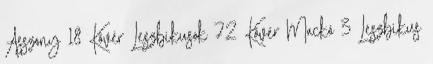
Asszony 18 Kövér Leszbikusok 72 Kövér Mackó 3 Leszbikus